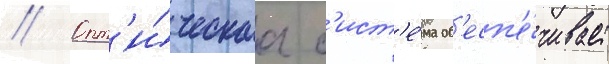
// Опт'и́ческаа с'ист'е́ма об'есп'е́чивает